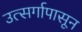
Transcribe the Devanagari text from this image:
उत्सर्गापासून